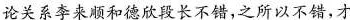
论关系李来顺和德欣段长不错,之所以不错，才